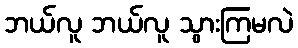
ဘယ်လူ ဘယ်လူ သွားကြမလဲ